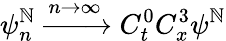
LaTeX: \psi_{n}^{\mathbb{N}}\xrightarrow{{n\rightarrow\infty}}{{C_{t}^{0}C_{x}^{3}}}\psi^{\mathbb{N}}